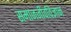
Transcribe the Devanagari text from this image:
समाजजीवविज्ञान